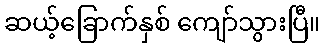
ဆယ့်ခြောက်နှစ် ကျော်သွားပြီ။